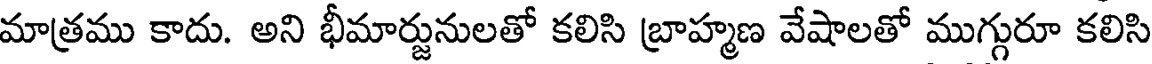
మాత్రము కాదు. అని భీమార్జునులతో కలిసి బ్రాహ్మణ వేషాలతో ముగ్గురూ కలిసి